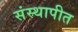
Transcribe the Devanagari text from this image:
संस्थापीत